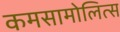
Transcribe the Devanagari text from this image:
कमसामोलित्स